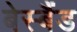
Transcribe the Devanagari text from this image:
बेस्बैंड